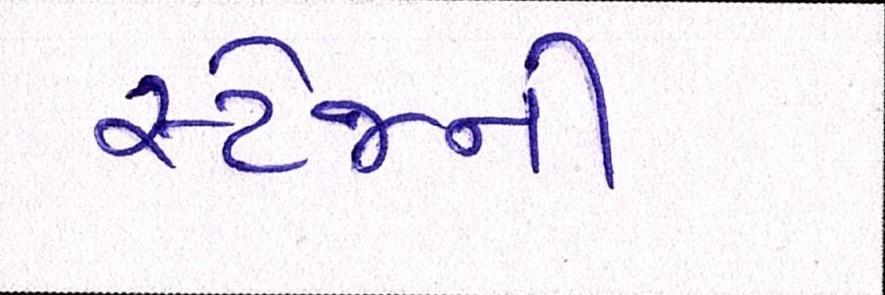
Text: સ્ટેજની